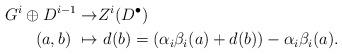
LaTeX: \begin{align*}G^i\oplus D^{i-1}\to & Z^i(D^{\bullet})\\(a, b)\ \mapsto & \ d(b) =(\alpha_i\beta_i(a)+d(b))-\alpha_i\beta_i(a).\end{align*}